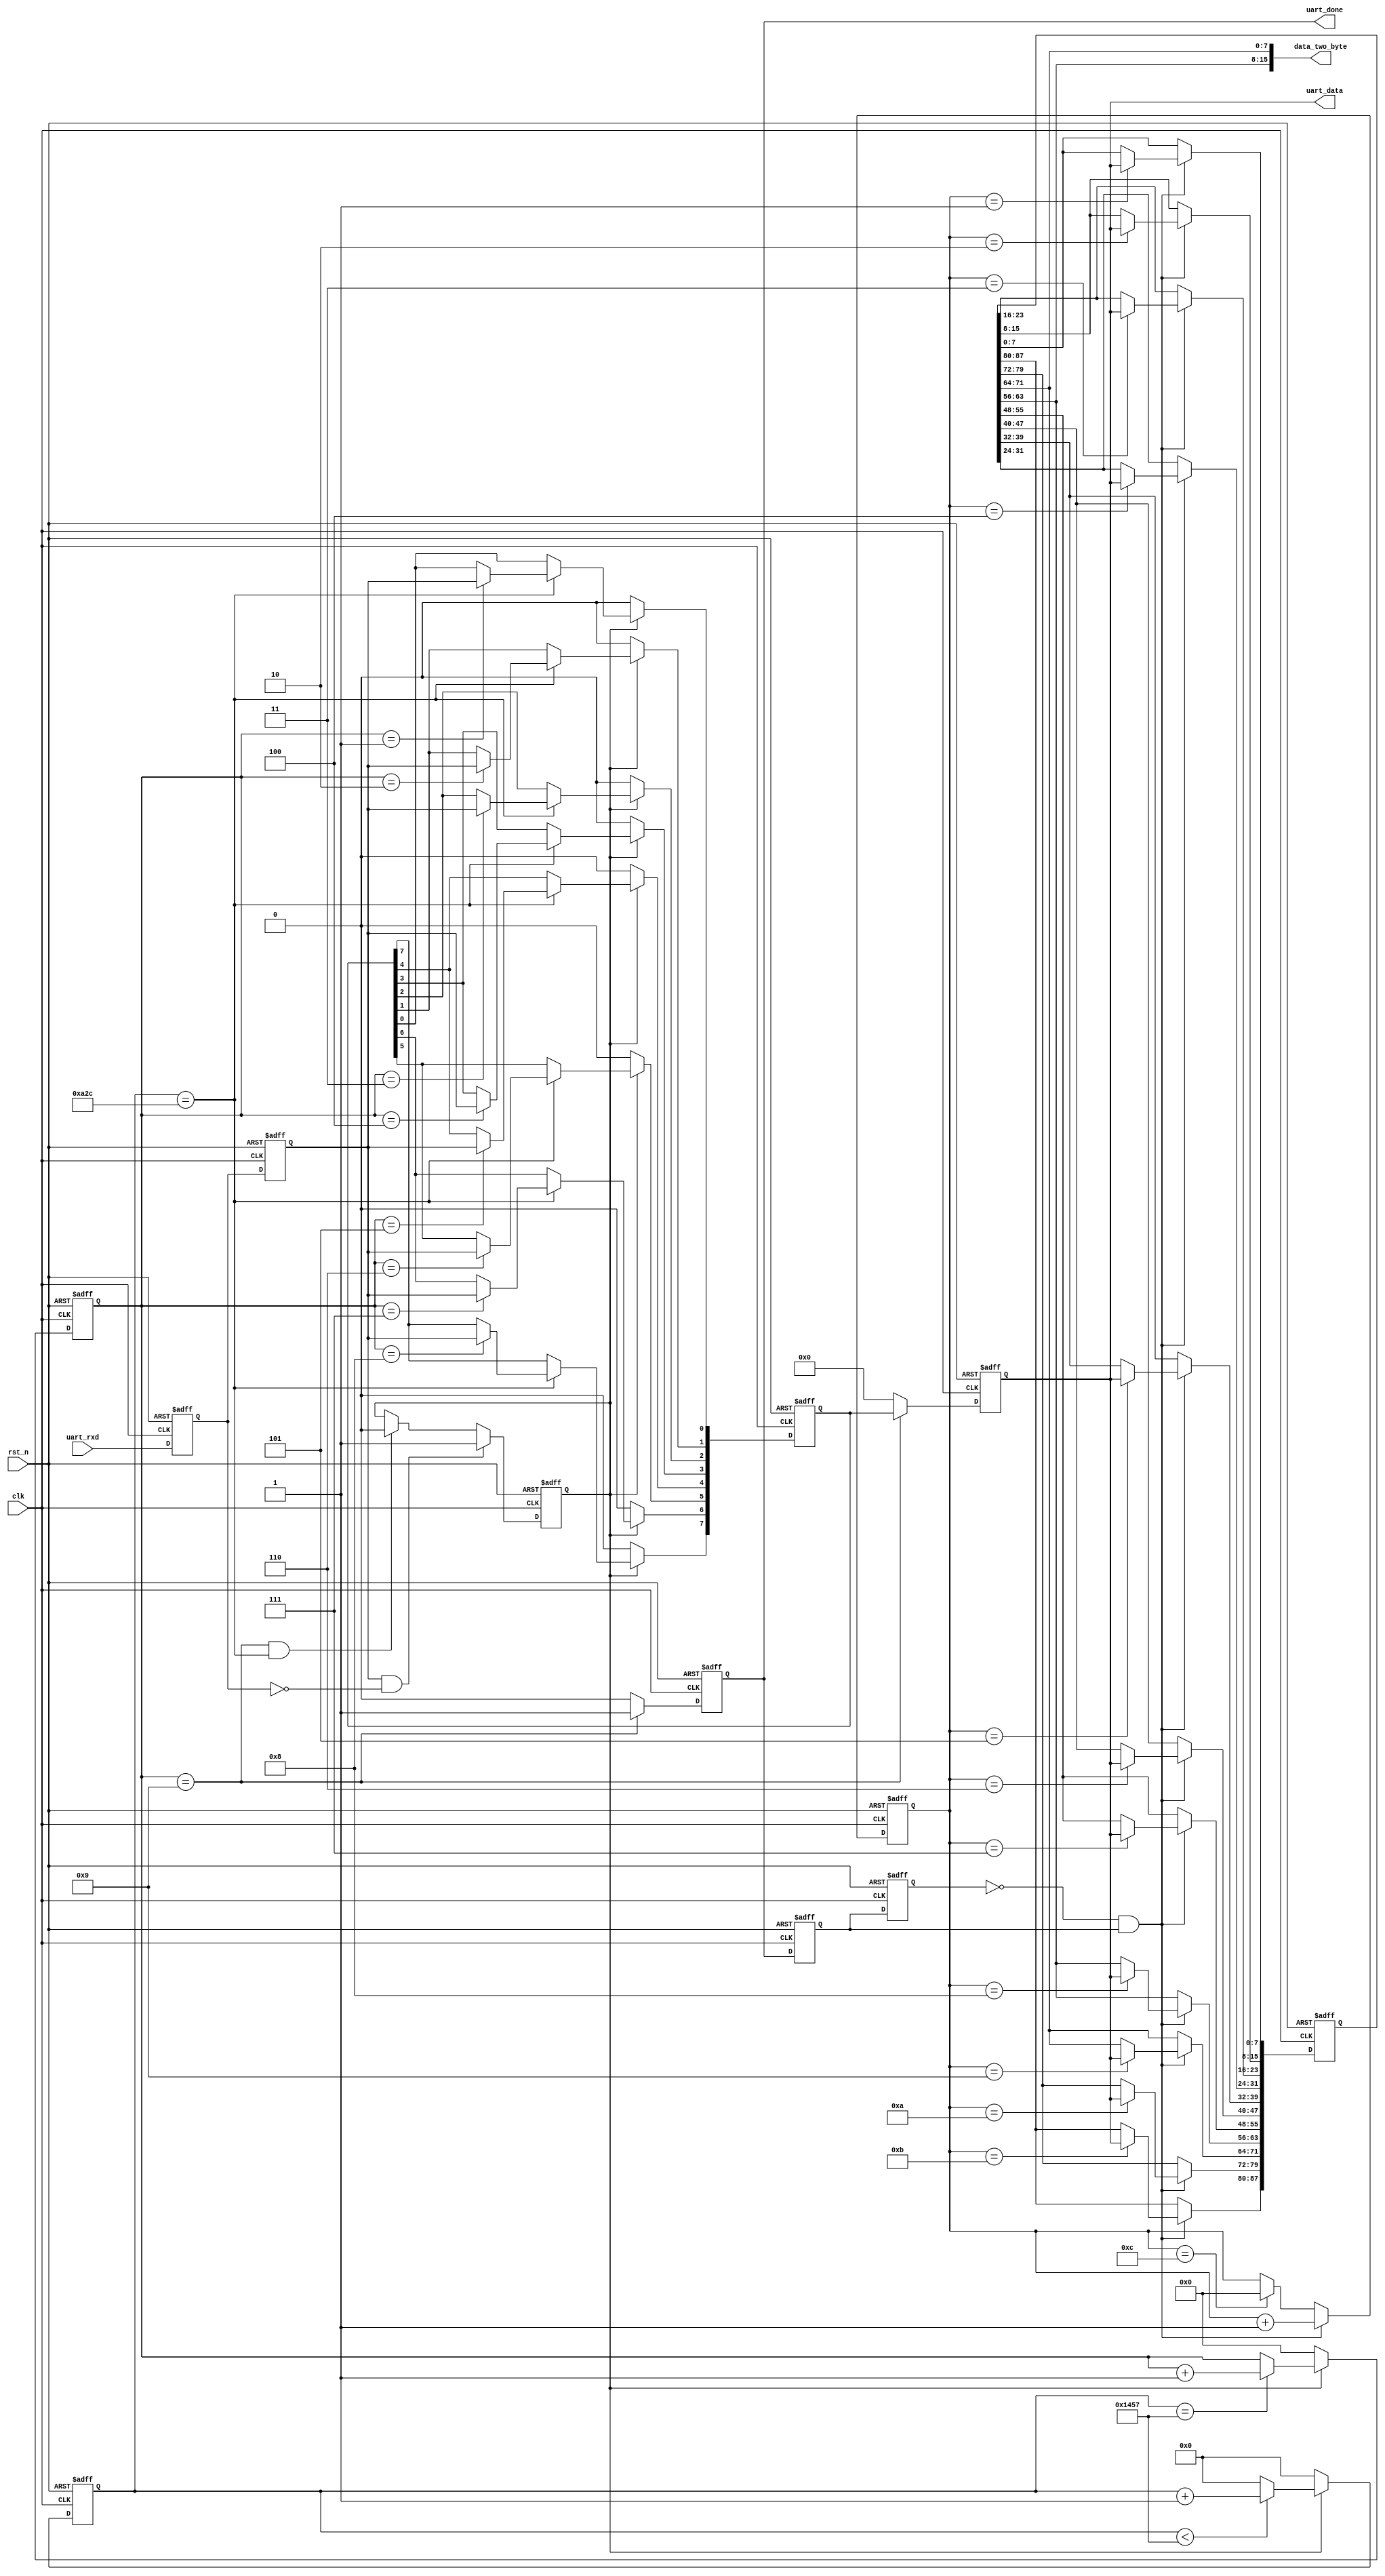


module uart_recv(
    input			     clk,                  //
    input              rst_n,                //
    
    input              uart_rxd,                 //UART
    output  reg        uart_done,                //

    output  reg [7:0]  uart_data,                 //
	 output      [15:0]  data_two_byte
    );
    
//parameter define
parameter  CLK_FREQ = 50000000;                //
parameter  UART_BPS = 9600;                    //
localparam  BPS_CNT  = CLK_FREQ/UART_BPS;      //
                                               //BPS_CNT
//reg define
reg        uart_rxd_d0;
reg        uart_rxd_d1;
reg [15:0] clk_cnt;                              //
reg [7:0]  rxdata;
reg [3:0]  rx_cnt;
reg        rx_flag;
//wire define
wire       start_flag;

//*****************************************************
//**                    main code
//*****************************************************
//()
assign  start_flag = uart_rxd_d1 & (~uart_rxd_d0);    

//UART
always @(posedge clk or negedge rst_n) begin 
    if (!rst_n) begin 
        uart_rxd_d0 <= 1'b0;
        uart_rxd_d1 <= 1'b0;          
    end
    else begin
        uart_rxd_d0  <= uart_rxd;                   
        uart_rxd_d1  <= uart_rxd_d0;
    end   
end

//start_flag           
always @(posedge clk or negedge rst_n) begin         
    if (!rst_n)                                  
        rx_flag <= 1'b0;
    else begin
        if(start_flag)                          //
            rx_flag <= 1'b1;                    //rx_flag
                                                //
        else if((rx_cnt == 4'd9) && (clk_cnt == BPS_CNT/2))
            rx_flag <= 1'b0;                    //rx_flag
        else
            rx_flag <= rx_flag;
    end
end

//
always @(posedge clk or negedge rst_n) begin         
    if (!rst_n)                             
        clk_cnt <= 16'd0;                                  
    else if ( rx_flag ) begin             //
        if (clk_cnt < BPS_CNT - 1)
            clk_cnt <= clk_cnt + 1'b1;
        else
            clk_cnt <= 16'd0;             //
    end
    else                              				
        clk_cnt <= 16'd0;						//
end

//
always @(posedge clk or negedge rst_n) begin         
    if (!rst_n)                             
        rx_cnt  <= 4'd0;
    else if ( rx_flag ) begin                //
        if (clk_cnt == BPS_CNT - 1)				//
            rx_cnt <= rx_cnt + 1'b1;			//1
        else
            rx_cnt <= rx_cnt;       
    end
	 else
        rx_cnt  <= 4'd0;						//
end

//uart
always @(posedge clk or negedge rst_n) begin 
    if ( !rst_n)  
        rxdata <= 8'd0;                                     
    else if(rx_flag)                            //
        if (clk_cnt == BPS_CNT/2) begin         //
            case ( rx_cnt )
             4'd1 : rxdata[0] <= uart_rxd_d1;   //
             4'd2 : rxdata[1] <= uart_rxd_d1;
             4'd3 : rxdata[2] <= uart_rxd_d1;
             4'd4 : rxdata[3] <= uart_rxd_d1;
             4'd5 : rxdata[4] <= uart_rxd_d1;
             4'd6 : rxdata[5] <= uart_rxd_d1;
             4'd7 : rxdata[6] <= uart_rxd_d1;
             4'd8 : rxdata[7] <= uart_rxd_d1;   //
             default:;                                    
            endcase
        end
        else 
            rxdata <= rxdata;
    else
        rxdata <= 8'd0;
end

//
always @(posedge clk or negedge rst_n) begin        
    if (!rst_n) begin
        uart_data <= 8'd0;                               
        uart_done <= 1'b0;
    end
    else if(rx_cnt == 4'd9) begin               //           
        uart_data <= rxdata;                    //
        uart_done <= 1'b1;                      //
    end
    else begin
        uart_data <= 8'd0;                                   
        uart_done <= 1'b0; 
    end    
end

//,9,10
reg recv_done_d0;
reg recv_done_d1;
wire recv_done_flag;

assign recv_done_flag = (~recv_done_d1) & recv_done_d0;

//recv_done
always @(posedge clk or negedge rst_n) begin         
    if (!rst_n) begin
        recv_done_d0 <= 1'b0;                                  
        recv_done_d1 <= 1'b0;
    end                                                      
    else begin                                               
        recv_done_d0 <= uart_done;                               
        recv_done_d1 <= recv_done_d0;                            
    end
end

reg [3:0]  cnt_data;
reg [87:0] data_two_byte_reg;
always @(posedge clk or negedge rst_n) begin        
    if (!rst_n) begin
        cnt_data <= 4'd0;
    end
    else if(recv_done_flag) begin          
		  cnt_data <= cnt_data + 1'b1;
    end
    else if(cnt_data == 4'd12)
		  cnt_data <= 4'd0; 
end

always @(posedge clk or negedge rst_n) begin        
    if (!rst_n)
		data_two_byte_reg <= 8'd0;
	 else if(recv_done_flag)begin
	 case(cnt_data)
		4'd1 : data_two_byte_reg[7:0]   <= uart_data;
		4'd2 : data_two_byte_reg[15:8]  <= uart_data;
		4'd3 : data_two_byte_reg[23:16] <= uart_data;
		4'd4 : data_two_byte_reg[31:24] <= uart_data;
		4'd5 : data_two_byte_reg[39:32] <= uart_data;
		4'd6 : data_two_byte_reg[47:40] <= uart_data;
		4'd7 : data_two_byte_reg[55:48] <= uart_data;
		4'd8 : data_two_byte_reg[63:56] <= uart_data;
		4'd9 : data_two_byte_reg[71:64] <= uart_data;
		4'd10: data_two_byte_reg[79:72] <= uart_data;
		4'd11: data_two_byte_reg[87:80] <= uart_data;
		default : ;
	endcase
	end
end

assign data_two_byte = {data_two_byte_reg[63:56],data_two_byte_reg[71:64]};

endmodule